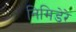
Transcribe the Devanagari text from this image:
निमिडेरे